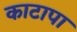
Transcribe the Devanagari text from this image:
काटापा